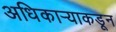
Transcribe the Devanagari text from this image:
अधिकार्‍याकडून